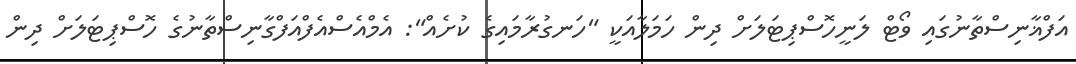
އަފްޣާނިސްތާނުގައި ވޯޓް ލަނީހޮސްޕިޓަލަށް ދިން ހަމަލާއަކީ "ހަނގުރާމައިގެ ކުށެއް": އެމްއެސްއެފްއަފްގާނިސްތާނުގެ ހޮސްޕިޓަލަށް ދިން